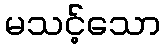
မသင့်သော